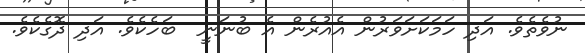
ނުވެތެވެ. އަދި ހަމަކަށަވަރުން އެއުރެން އެ ބުނަނީ  ބަހެކެވެ. އަދި ދޮގެކެވެ.